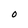
Character: 0